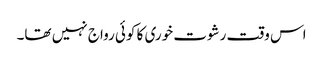
اس وقت رشوت خوری کا کوئی رواج نہیں تھا۔